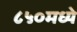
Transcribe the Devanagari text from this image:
८५०मध्ये